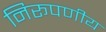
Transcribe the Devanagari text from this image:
निरूपणीय